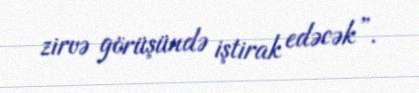
zirvə görüşündə iştirak edəcək”.